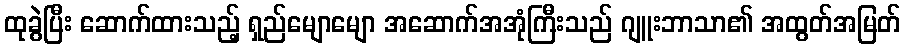
ထုခွဲပြီး ဆောက်ထားသည့် ရှည်မျောမျော အဆောက်အအုံကြီးသည် ဂျူးဘာသာ၏ အထွတ်အမြတ်